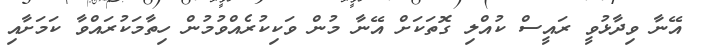
އޭނާ ވިދާޅުވީ ރައީސް ކުއްލި ގޮތަކަށް އޭނާ މުން ވަކިކުރެއްވުމުން ހިތާމަކުރައްވާ ކަމަށާއި